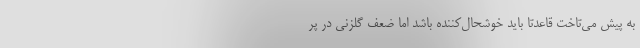
به پیش می‌تاخت قاعدتاً باید خوشحال‌کننده باشد اما ضعف گلزنی در پر